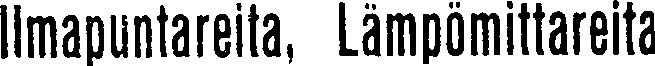
Ilmapuntareita, Lämpömittareita